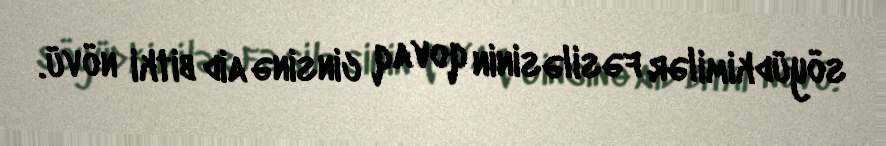
söyüdkimilər fəsiləsinin qovaq cinsinə aid bitki növü.